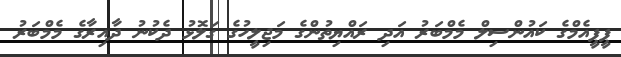
ޕީޕީއެމްގެ ކައުންސިލް މެމްބަރު އަދި ރައްޔިތުންގެ މަޖިލީހުގެ ގަލޮޅު ދެކުނު ދާއިރާގެ މެމްބަރު